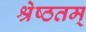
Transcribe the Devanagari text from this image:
श्रेष्ठतम्